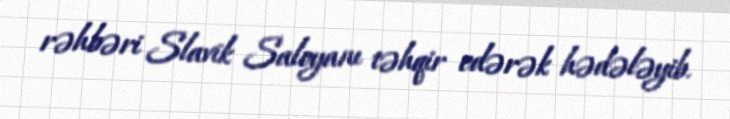
rəhbəri Slavik Saloyanı təhqir edərək hədələyib.